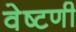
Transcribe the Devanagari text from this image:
वेष्टणी